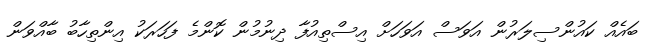
ބައެއް ކައުންސިލަރުން އަވަސް އަވަހަށް އިސްތިއުފާ ދިނުމުން ކޮންމެ ފަހަރަކު އިންތިހާބު ބާއްވަން